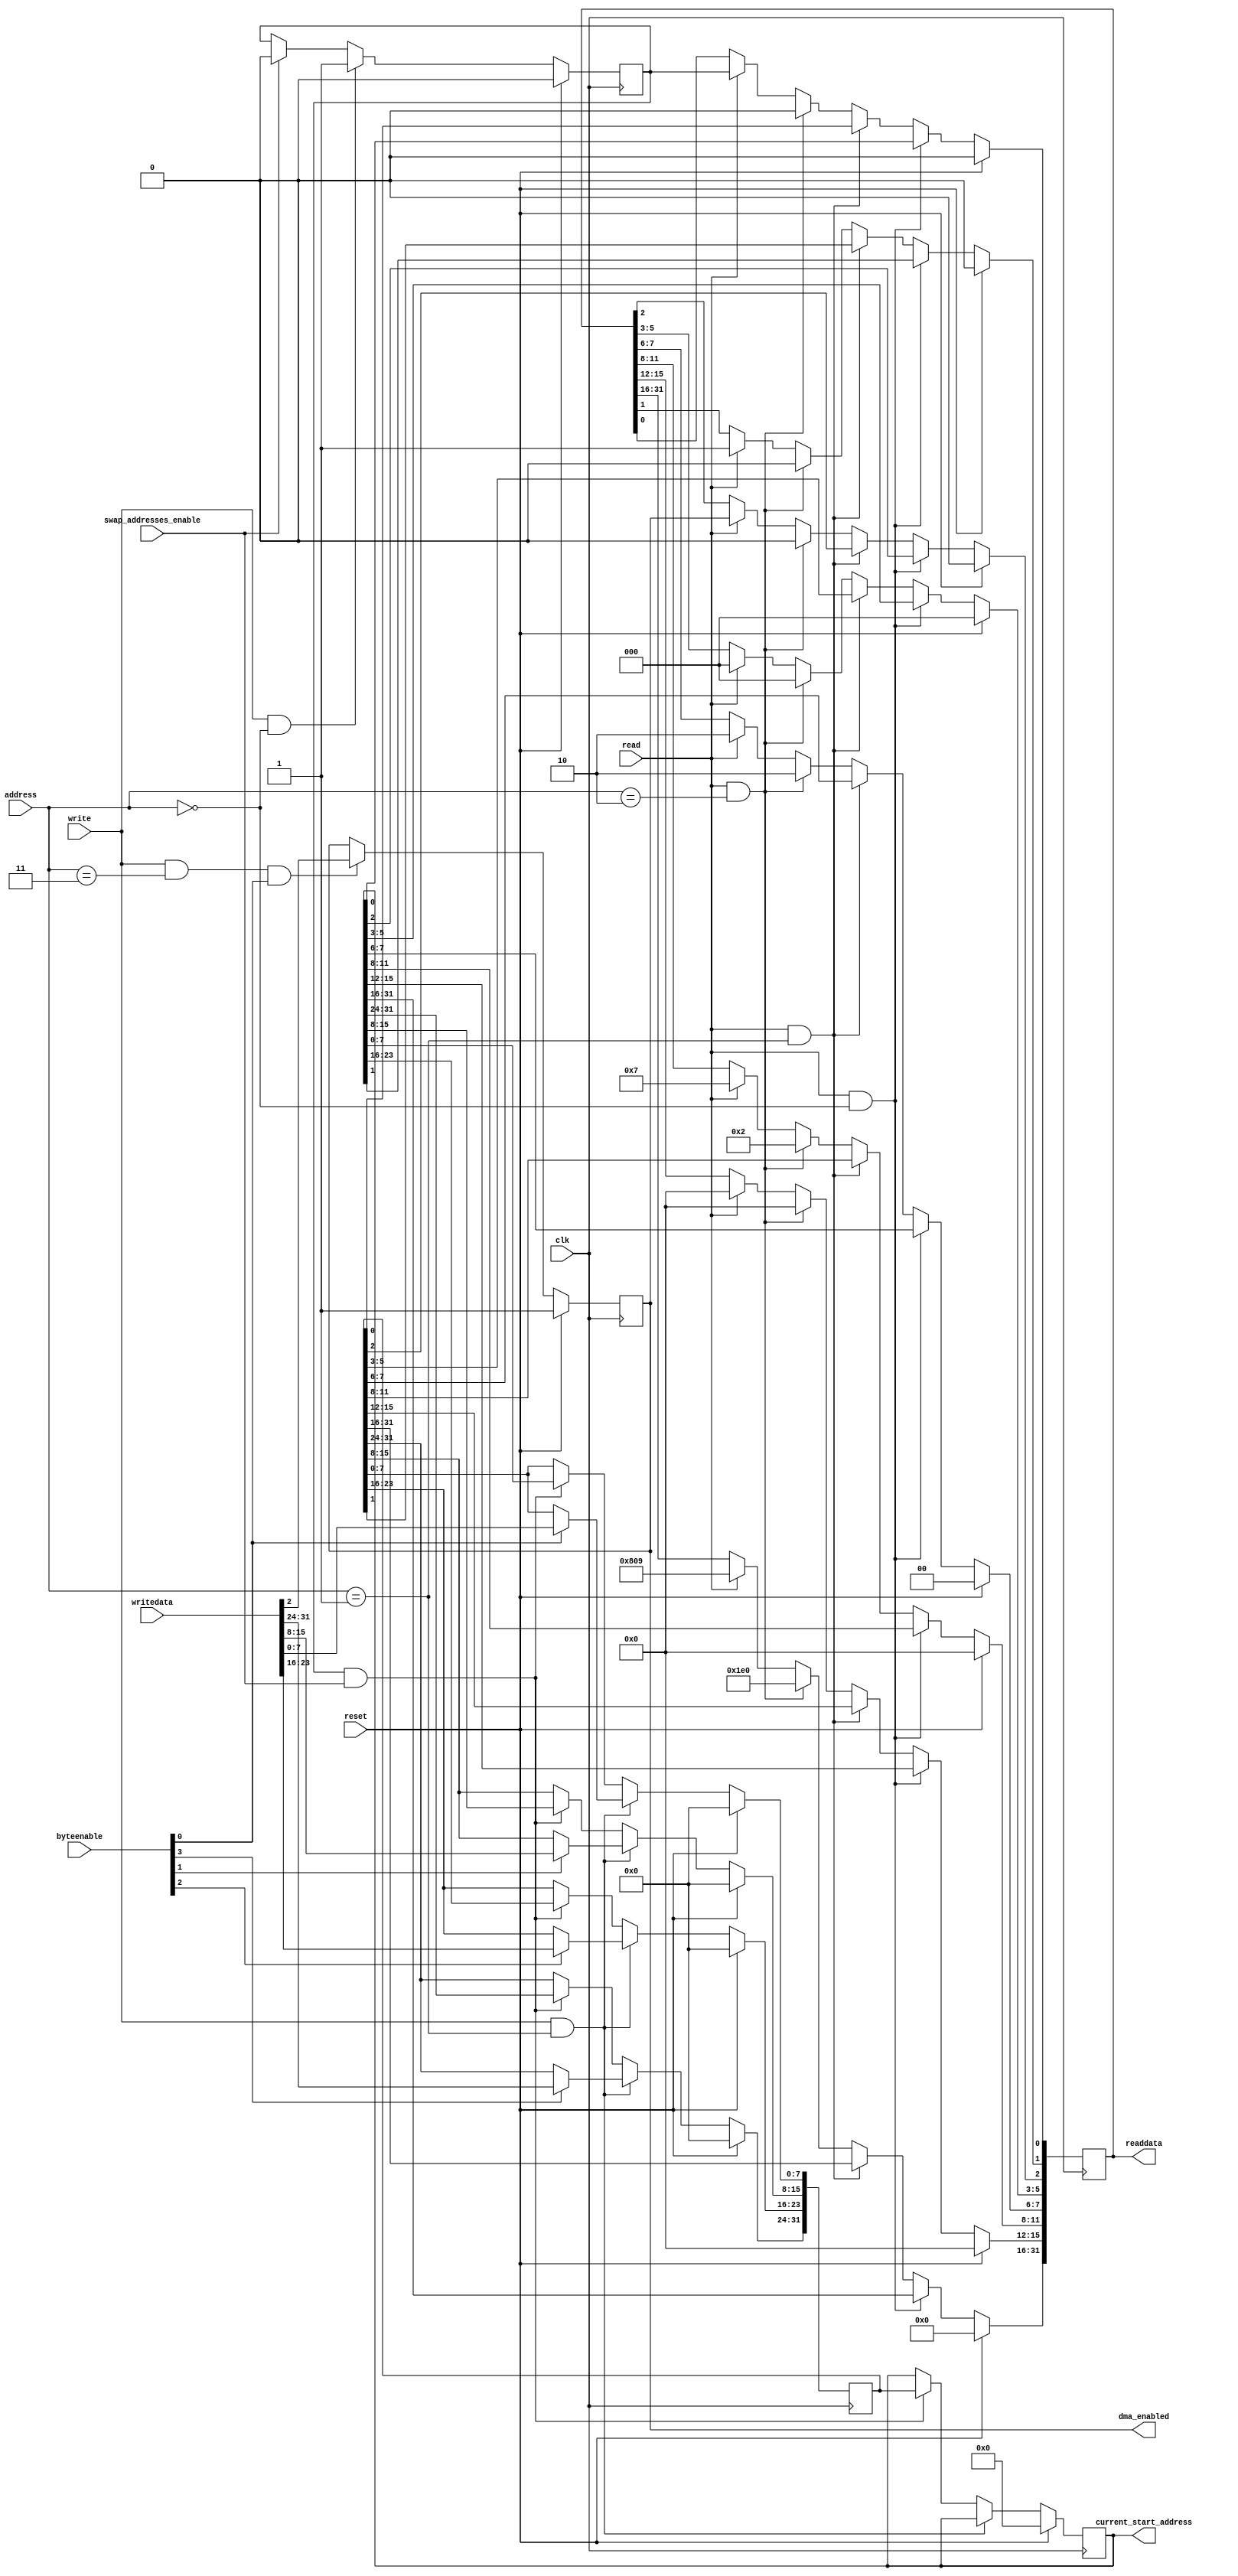
module altera_up_video_dma_control_slave (
	// Inputs
	clk,
	reset,

	address,
	byteenable,
	read,
	write,
	writedata,

	swap_addresses_enable,

	// Bi-Directional

	// Outputs
	readdata,

	current_start_address,
	dma_enabled
);


/*****************************************************************************
 *                           Parameter Declarations                          *
 *****************************************************************************/

// Parameters
parameter DEFAULT_BUFFER_ADDRESS		= 32'h00000000;
parameter DEFAULT_BACK_BUF_ADDRESS	= 32'h00000000;

parameter WIDTH							= 640; // Frame's width in pixels
parameter HEIGHT							= 480; // Frame's height in lines

parameter ADDRESSING_BITS				= 16'h0809;
parameter COLOR_BITS						= 4'h7; // Bits per color plane minus 1 
parameter COLOR_PLANES					= 2'h2; // Color planes per pixel minus 1
parameter ADDRESSING_MODE				= 1'b1; // 0: X-Y or 1: Consecutive

parameter DEFAULT_DMA_ENABLED			= 1'b1; // 0: OFF or 1: ON

/*****************************************************************************
 *                             Port Declarations                             *
 *****************************************************************************/
// Inputs
input						clk;
input						reset;

input			[ 1: 0]	address;
input			[ 3: 0]	byteenable;
input						read;
input						write;
input			[31: 0]	writedata;

input						swap_addresses_enable;

// Bi-Directional

// Outputs
output reg	[31: 0]	readdata;

output		[31: 0]	current_start_address;
output reg				dma_enabled;


/*****************************************************************************
 *                           Constant Declarations                           *
 *****************************************************************************/


/*****************************************************************************
 *                 Internal Wires and Registers Declarations                 *
 *****************************************************************************/
// Internal Wires

// Internal Registers
reg			[31: 0]	buffer_start_address;
reg			[31: 0]	back_buf_start_address;

reg						buffer_swap;

// State Machine Registers

/*****************************************************************************
 *                         Finite State Machine(s)                           *
 *****************************************************************************/


/*****************************************************************************
 *                             Sequential Logic                              *
 *****************************************************************************/

// Output Registers
always @(posedge clk)
begin
	if (reset)
		readdata <= 32'h00000000;
   
	else if (read & (address == 2'h0))
		readdata <= buffer_start_address;
   
	else if (read & (address == 2'h1))
		readdata <= back_buf_start_address;
   
	else if (read & (address == 2'h2))
	begin
		readdata[31:16] <= HEIGHT;
		readdata[15: 0] <= WIDTH;
	end
   
	else if (read)
	begin
		readdata[31:16] <= ADDRESSING_BITS;
		readdata[15:12] <= 4'h0;
		readdata[11: 8] <= COLOR_BITS;
		readdata[ 7: 6] <= COLOR_PLANES;
		readdata[ 5: 3] <= 3'h0;
		readdata[    2] <= dma_enabled;
		readdata[    1] <= ADDRESSING_MODE;
		readdata[    0] <= buffer_swap;
	end
end

// Internal Registers
always @(posedge clk)
begin
	if (reset)
	begin
		buffer_start_address	<= DEFAULT_BUFFER_ADDRESS;
		back_buf_start_address	<= DEFAULT_BACK_BUF_ADDRESS;
	end
	else if (write & (address == 2'h1))
	begin
		if (byteenable[0])
			back_buf_start_address[ 7: 0] <= writedata[ 7: 0];
		if (byteenable[1])
			back_buf_start_address[15: 8] <= writedata[15: 8];
		if (byteenable[2])
			back_buf_start_address[23:16] <= writedata[23:16];
		if (byteenable[3])
			back_buf_start_address[31:24] <= writedata[31:24];
	end
	else if (buffer_swap & swap_addresses_enable)
	begin
		buffer_start_address <= back_buf_start_address;
		back_buf_start_address <= buffer_start_address;
	end
end

always @(posedge clk)
begin
	if (reset)
		buffer_swap <= 1'b0;
	else if (write & (address == 2'h0))
		buffer_swap <= 1'b1;
	else if (swap_addresses_enable)
		buffer_swap <= 1'b0;
end

always @(posedge clk)
begin
	if (reset)
		dma_enabled <= DEFAULT_DMA_ENABLED;
	else if (write & (address == 2'h3) & byteenable[0])
		dma_enabled <= writedata[2];
end

/*****************************************************************************
 *                            Combinational Logic                            *
 *****************************************************************************/

// Output Assignments
assign current_start_address	= buffer_start_address;

// Internal Assignments

/*****************************************************************************
 *                              Internal Modules                             *
 *****************************************************************************/


endmodule